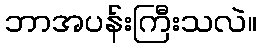
ဘာအပန်းကြီးသလဲ။